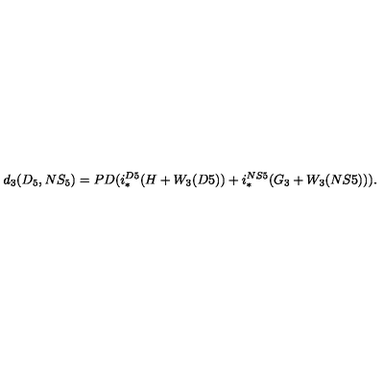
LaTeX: d _ { 3 } ( D _ { 5 } , N S _ { 5 } ) = P D ( i _ { * } ^ { D 5 } ( H + W _ { 3 } ( D 5 ) ) + i _ { * } ^ { N S 5 } ( G _ { 3 } + W _ { 3 } ( N S 5 ) ) ) .